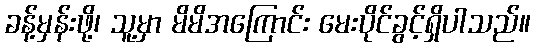
ခန့်မှန်းဖို့၊ သူ့မှာ မိမိအကြောင်း မေးပိုင်ခွင့်ရှိပါသည်။